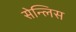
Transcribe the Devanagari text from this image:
सेन्लिस